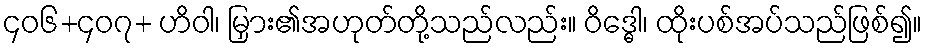
၄၀၆+၄၀၇+ ဟိဝါ၊ မြှား၏အဟုတ်တို့သည်လည်း။ ဝိဒ္ဓေါ၊ ထိုးပစ်အပ်သည်ဖြစ်၍။